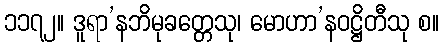
၁၁၇၂။ ဒူရာ’နဘိမုခတ္တေသု၊ မောဟာ’နဝဋ္ဌိတီသု စ။